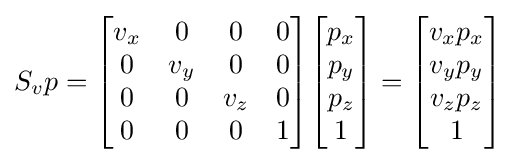
S_{v}p={\begin{bmatrix}v_{x}&0&0&0\\0&v_{y}&0&0\\0&0&v_{z}&0\\0&0&0&1\end{bmatrix}}{\begin{bmatrix}p_{x}\\p_{y}\\p_{z}\\1\end{bmatrix}}={\begin{bmatrix}v_{x}p_{x}\\v_{y}p_{y}\\v_{z}p_{z}\\1\end{bmatrix}}